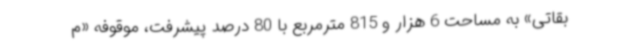
بقاتی» به مساحت 6 هزار و 815 مترمربع با 80 درصد پیشرفت، موقوفه «م